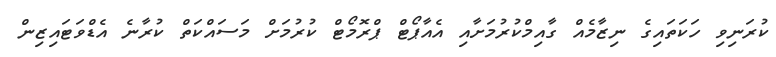
ކުރަނިވި ހަކަތައިގެ ނިޒާމެއް ގާއިމްކުރުމަށާއި އެއާޕޯޓް ޕްރޮމޯޓް ކުރުމަށް މަސައްކަތް ކުރާނެ އެޑްވަޓައިޒިން